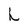
Character: h